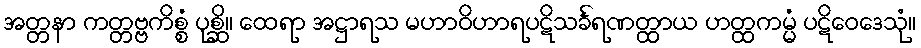
အတ္တနာ ကတ္တဗ္ဗကိစ္စံ ပုစ္ဆိ။ ထေရာ အဋ္ဌာရသ မဟာဝိဟာရပဋိသင်္ခရဏတ္ထာယ ဟတ္ထကမ္မံ ပဋိဝေဒေသုံ။